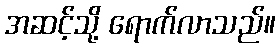
အဆင့်သို့ ရောက်လာသည်။